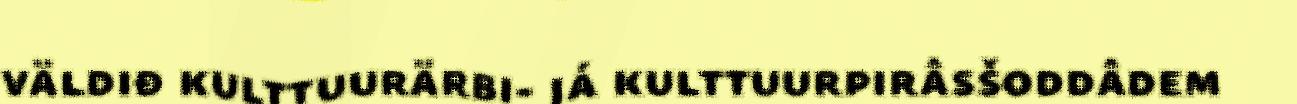
väldiđ kulttuurärbi- já kulttuurpirâsšoddâdem